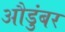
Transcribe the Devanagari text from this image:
औडुंबर